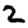
Digit: 2